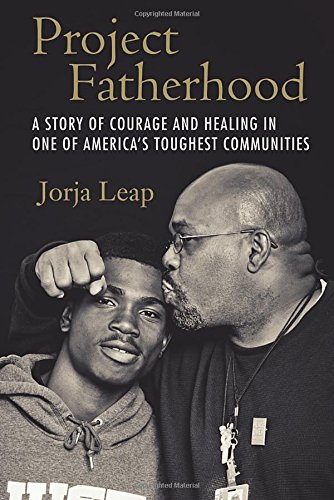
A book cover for Project Fatherhood: A Story of Courage and Healing in One of America's Toughest Communities; Jorja Leap; Parenting & Relationships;